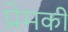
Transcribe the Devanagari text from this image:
प्रेमकी